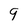
Character: 9